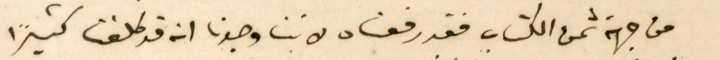
من جهة ثمن الكتاب فقد رفعناه لاننا وجدنا انه قد كلفنا كثيراً